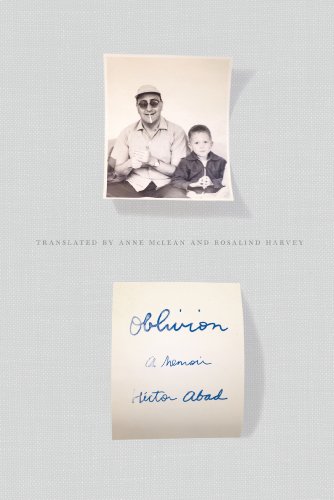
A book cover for Oblivion: A Memoir; HÃ©ctor Abad; Biographies & Memoirs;